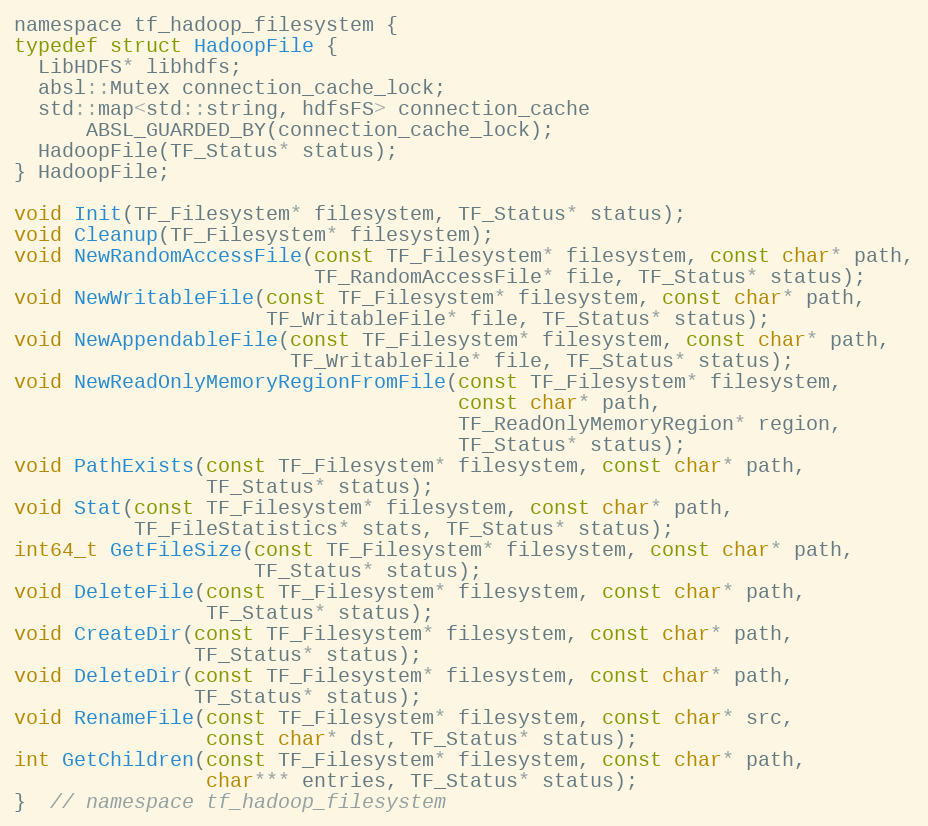
Language: C
namespace tf_hadoop_filesystem {
typedef struct HadoopFile {
  LibHDFS* libhdfs;
  absl::Mutex connection_cache_lock;
  std::map<std::string, hdfsFS> connection_cache
      ABSL_GUARDED_BY(connection_cache_lock);
  HadoopFile(TF_Status* status);
} HadoopFile;

void Init(TF_Filesystem* filesystem, TF_Status* status);
void Cleanup(TF_Filesystem* filesystem);
void NewRandomAccessFile(const TF_Filesystem* filesystem, const char* path,
                         TF_RandomAccessFile* file, TF_Status* status);
void NewWritableFile(const TF_Filesystem* filesystem, const char* path,
                     TF_WritableFile* file, TF_Status* status);
void NewAppendableFile(const TF_Filesystem* filesystem, const char* path,
                       TF_WritableFile* file, TF_Status* status);
void NewReadOnlyMemoryRegionFromFile(const TF_Filesystem* filesystem,
                                     const char* path,
                                     TF_ReadOnlyMemoryRegion* region,
                                     TF_Status* status);
void PathExists(const TF_Filesystem* filesystem, const char* path,
                TF_Status* status);
void Stat(const TF_Filesystem* filesystem, const char* path,
          TF_FileStatistics* stats, TF_Status* status);
int64_t GetFileSize(const TF_Filesystem* filesystem, const char* path,
                    TF_Status* status);
void DeleteFile(const TF_Filesystem* filesystem, const char* path,
                TF_Status* status);
void CreateDir(const TF_Filesystem* filesystem, const char* path,
               TF_Status* status);
void DeleteDir(const TF_Filesystem* filesystem, const char* path,
               TF_Status* status);
void RenameFile(const TF_Filesystem* filesystem, const char* src,
                const char* dst, TF_Status* status);
int GetChildren(const TF_Filesystem* filesystem, const char* path,
                char*** entries, TF_Status* status);
}  // namespace tf_hadoop_filesystem